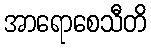
အာရောစေသီတိ